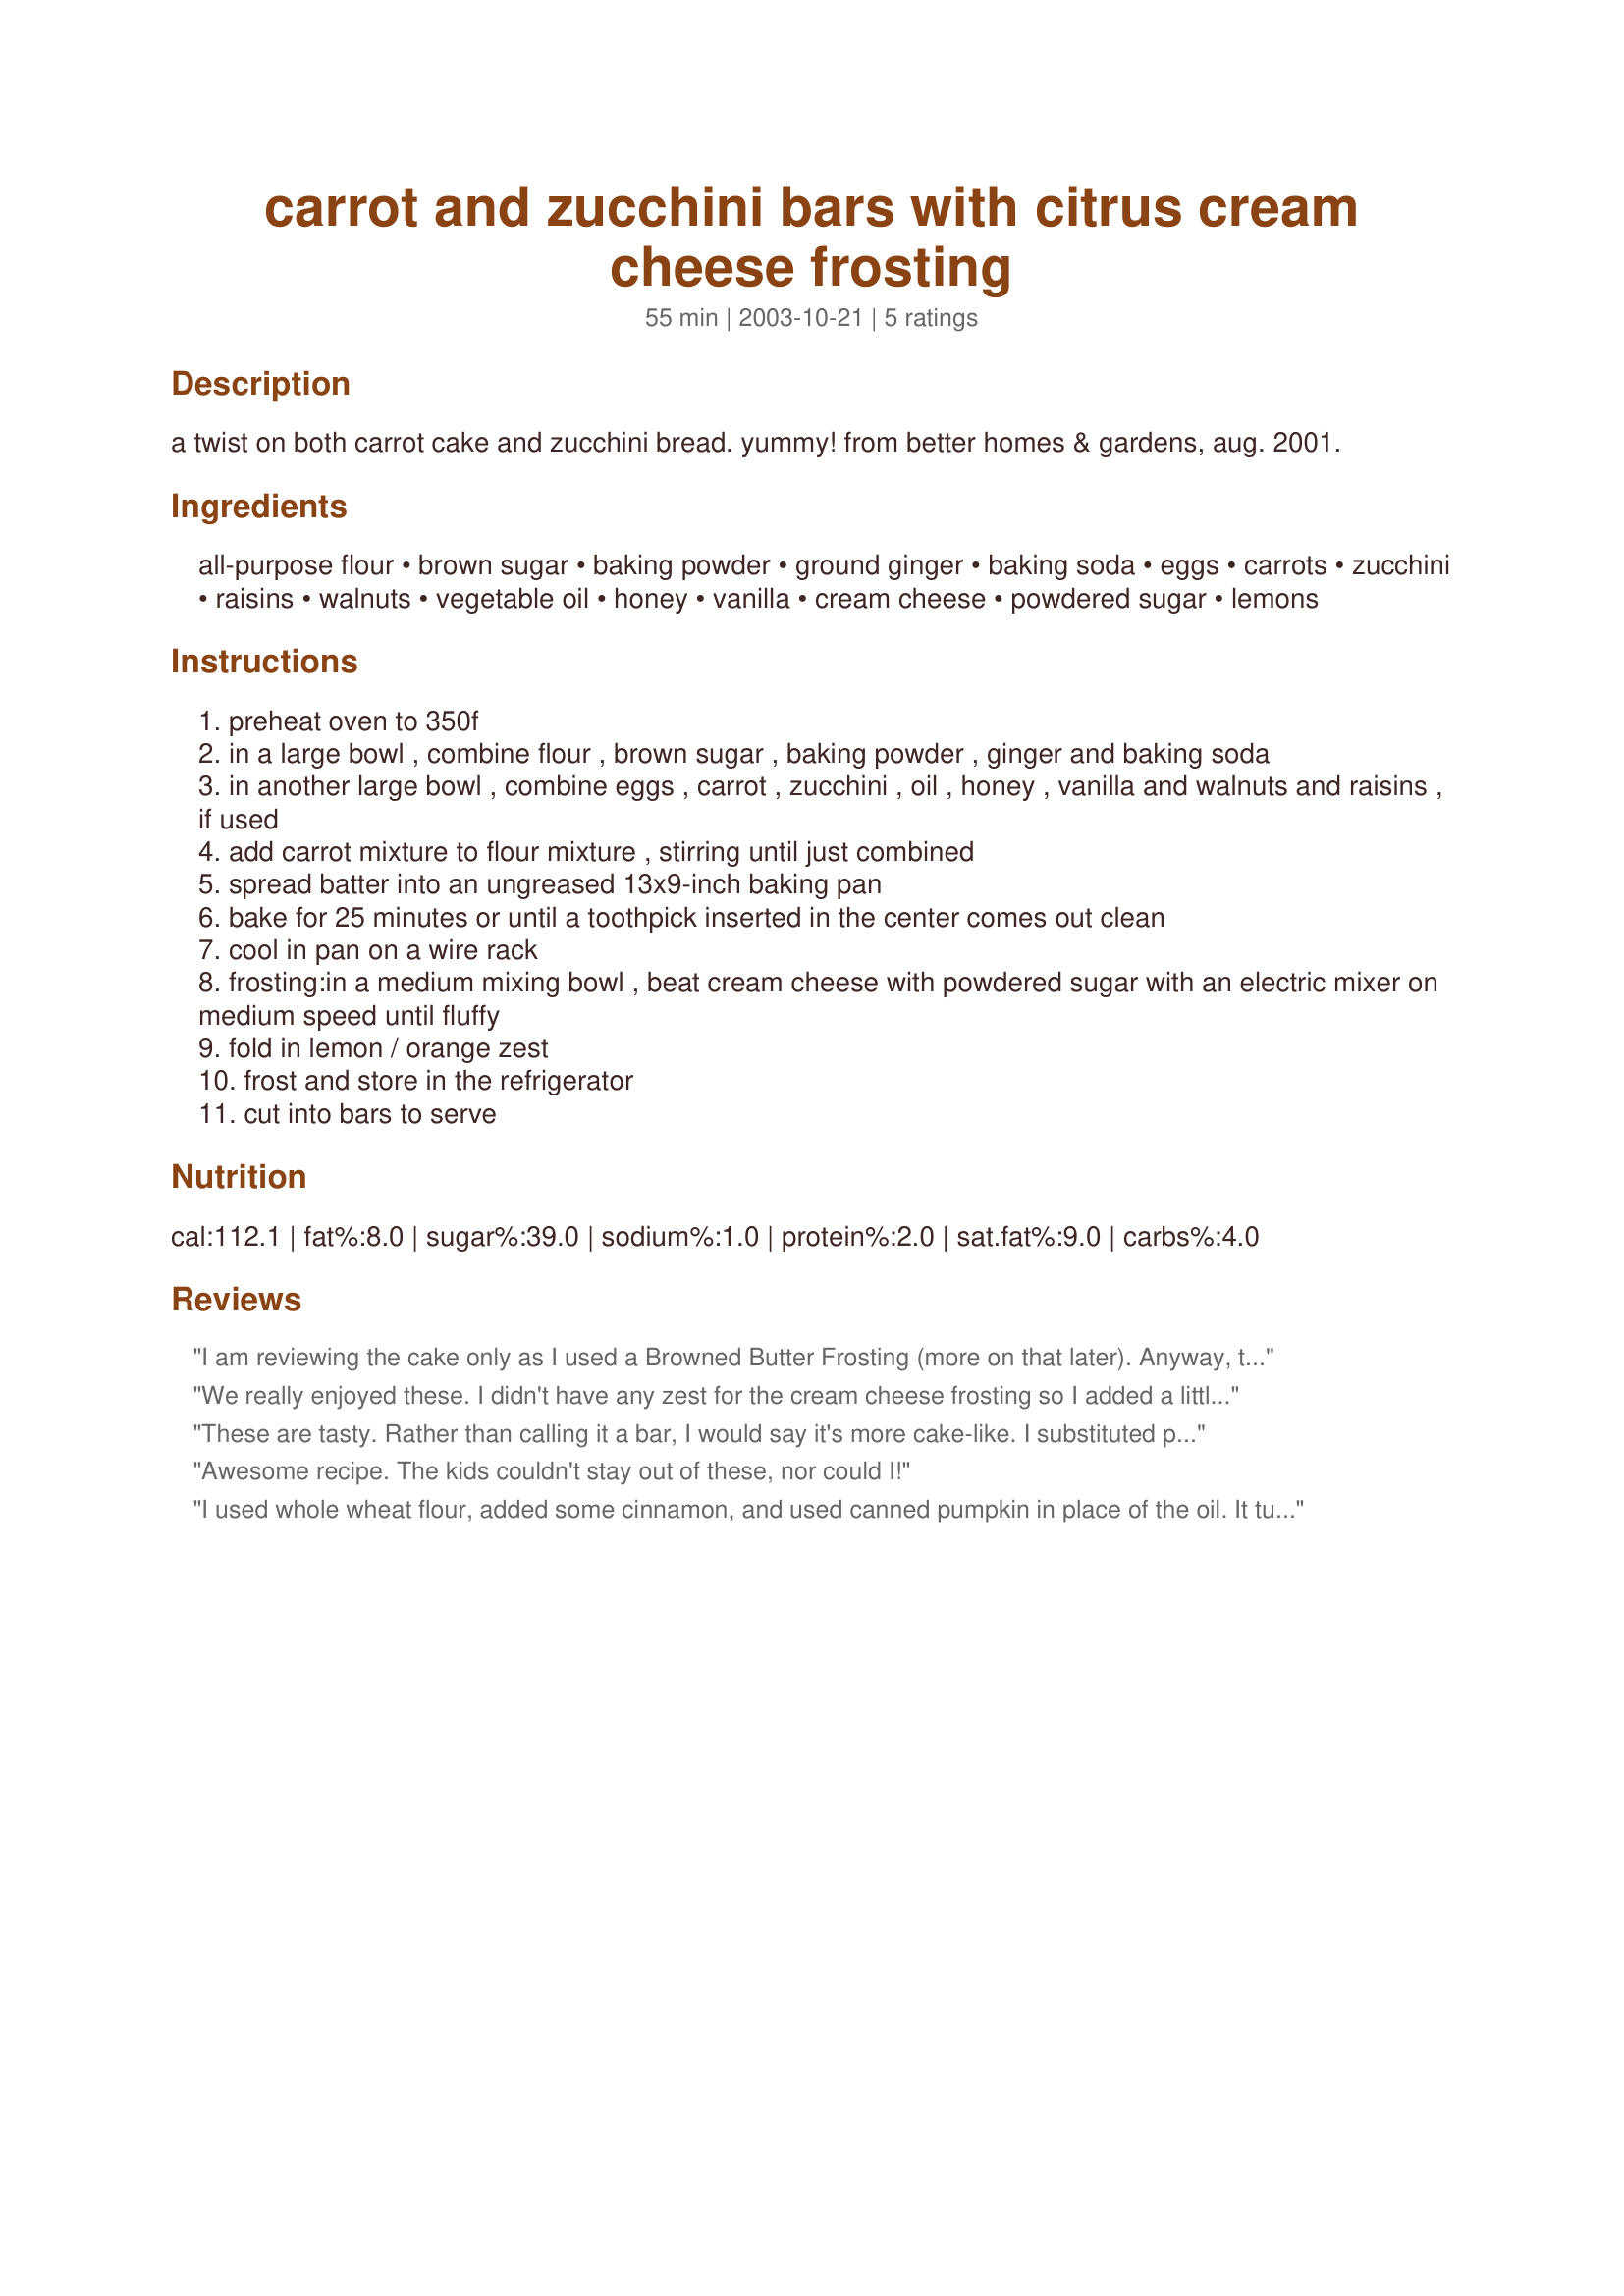
carrot and zucchini bars with citrus cream cheese frosting
Preparation time: 55 minutes

a twist on both carrot cake and zucchini bread. yummy! from better homes & gardens, aug. 2001.

Ingredients:
all-purpose flour, brown sugar, baking powder, ground ginger, baking soda, eggs, carrots, zucchini, raisins, walnuts, vegetable oil, honey, vanilla, cream cheese, powdered sugar, lemons

Steps:
preheat oven to 350f
in a large bowl , combine flour , brown sugar , baking powder , ginger and baking soda
in another large bowl , combine eggs , carrot , zucchini , oil , honey , vanilla and walnuts and raisins , if used
add carrot mixture to flour mixture , stirring until just combined
spread batter into an ungreased 13x9-inch baking pan
bake for 25 minutes or until a toothpick inserted in the center comes out clean
cool in pan on a wire rack
frosting:in a medium mixing bowl , beat cream cheese with powdered sugar with an electric mixer on medium speed until fluffy
fold in lemon / orange zest
frost and store in the refrigerator
cut into bars to serve

Reviews:
I am reviewing the cake only as I used a Browned Butter Frosting (more on that later). Anyway, this cake/bar really could use a pinch of salt. I felt the cake had good potential, but it really fell flat for my family. We ate the frosting and pitched most of the cake.
We really enjoyed these. I didn't have any zest for the cream cheese frosting so I added a little (less then 1 tbsp) orange juice. I also used previously frozen zuchini that I squeezed the water from. I also used all whole wheat pastry flour which makes me feel more virtous when I eat baked goods! Really nice bar recipe Roosie!
These are tasty. Rather than calling it a bar, I would say it's more cake-like. I substituted part of the sugar with xylitol in the bar and stevia in the frosting. I used a mix of regular and wheat flour. I put in chocolate chips instead of raisins just because I love chocolate. For the frosting, I didn't have enough regular cream cheese, so instead I used a tub of Philly brand honey nut flavor cream cheese. Thanks for posting this.
Awesome recipe. The kids couldn't stay out of these, nor could I!
I used whole wheat flour, added some cinnamon, and used canned pumpkin in place of the oil. It turned out moist and delicious!
